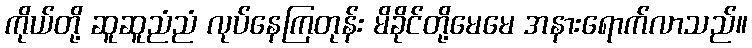
ကိုယ်တို့ ဆူဆူညံညံ လုပ်နေကြတုန်း မိခိုင်တို့မေမေ အနားရောက်လာသည်။